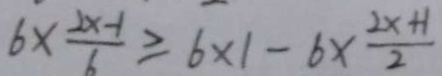
6 \times \frac { 2 x - 1 } { 6 } \geq 6 \times 1 - 6 \times \frac { 2 x + 1 } { 2 }